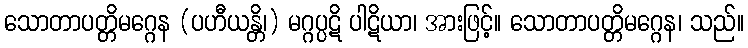
သောတာပတ္တိမဂ္ဂေန (ပဟီယန္တိ၊) မဂ္ဂပ္ပဋိ ပါဋိယာ၊ အားဖြင့်။ သောတာပတ္တိမဂ္ဂေန၊ သည်။